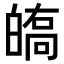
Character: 𤾘